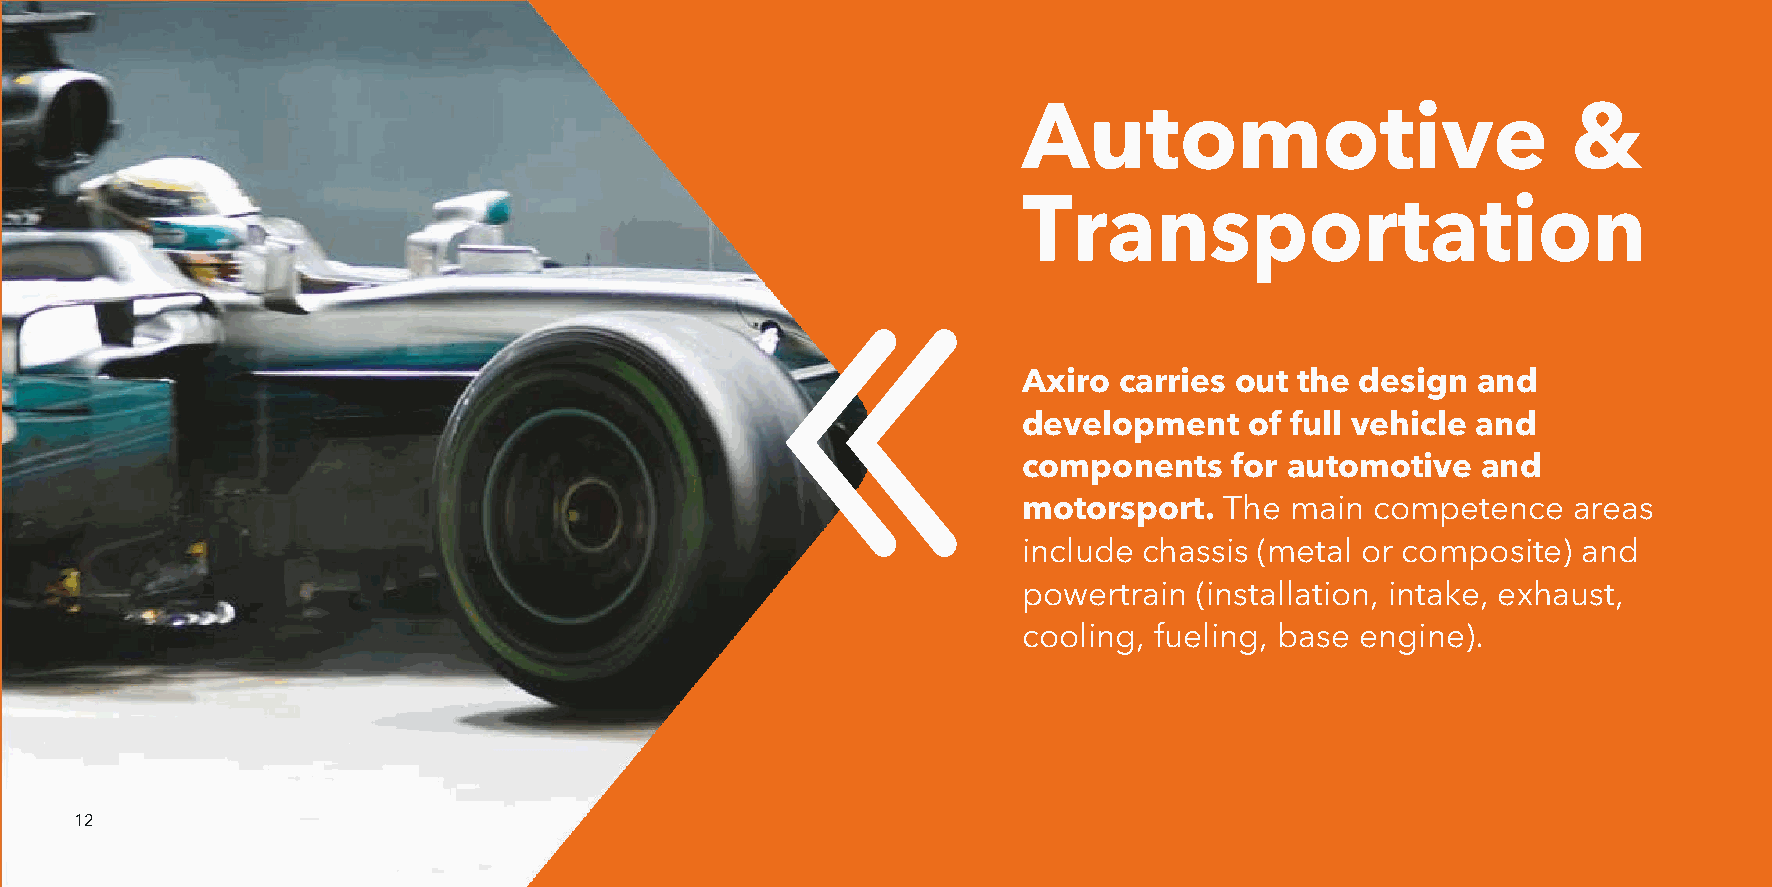
Automotive                          &
 Transportation
 Axiro carries out the design  and
 development    of full vehicle and
 components    for automotive  and
 motorsport.  The main  competence   areas
 include chassis (metal or composite) and
 powertrain (installation, intake, exhaust,
 cooling, fueling, base engine).
 12